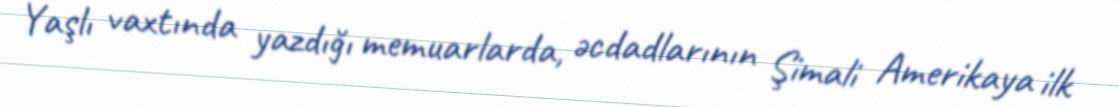
Yaşlı vaxtında yazdığı memuarlarda, əcdadlarının Şimali Amerikaya ilk